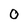
Character: 0